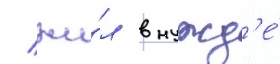
/ жи́л в нужд'е́